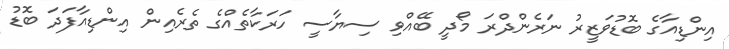
އިންޑިއާގެ ބޮޑުވަޒީރު ނަރެންދްރަ މޯދީ ބޭއްވި ސިޔާސީ ހަރަކާތެއްގެ ތެރެއިން އިންޑިއާފަދަ ބޮޑު